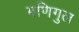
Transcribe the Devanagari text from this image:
मणिगुल